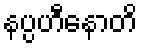
နပ္ပဟီနောတိ